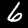
Digit: 6